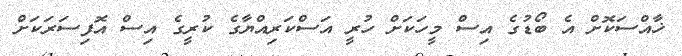
ޚާއްސަކޮށް އެ ބޯޑުގެ އިސް މީހަކަށް ހުރީ އަސްކަރިއްޔާގެ ކުރީގެ އިސް އޮފިސަރަކަށް